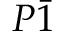
P \bar { 1 }